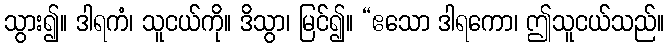
သွား၍။ ဒါရကံ၊ သူငယ်ကို။ ဒိသွာ၊ မြင်၍။ “ဧသော ဒါရကော၊ ဤသူငယ်သည်။